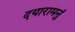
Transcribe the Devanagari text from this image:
दयारामनुं